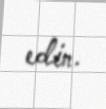
edin.